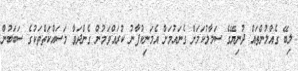
ލިބޭ ގެއްލުންތައް ދުނިޔޭގެ ސަމާލުކަމަށް ގެނައުމަށް އެމަނިކުފާނު ކުރައްވަމުން ގެންދަވާ މަސައްކަތްތަކުގެ ސަބަބުން